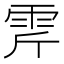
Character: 𩂋